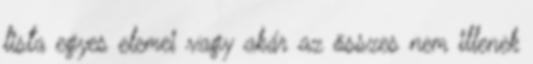
lista egyes elemei vagy akár az összes nem illenek